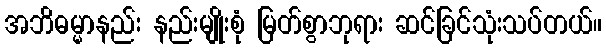
အဘိဓမ္မာနည်း နည်းမျိုးစုံ မြတ်စွာဘုရား ဆင်ခြင်သုံးသပ်တယ်။